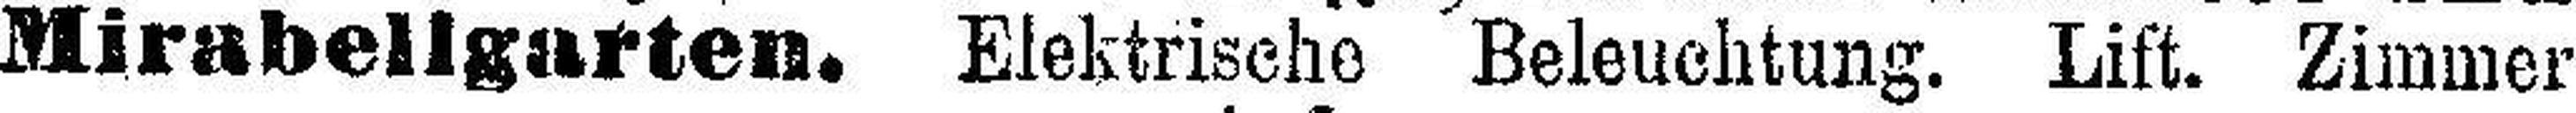
Mirabellgarten. Elektrische Beleuchtung. Lift. Zimmer